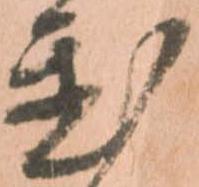
置